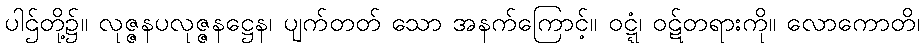
ပါဌ်တို့၌။ လုဇ္ဇနပလုဇ္ဇနဋ္ဌေန၊ ပျက်တတ် သော အနက်ကြောင့်။ ဝဋ္ဋံ၊ ဝဋ်တရားကို။ လောကောတိ၊